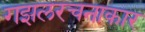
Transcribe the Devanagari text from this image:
गझलरचनाकार